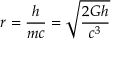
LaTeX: r = { \frac { h } { m c } } = { \sqrt { \frac { 2 G h } { c ^ { 3 } } } }